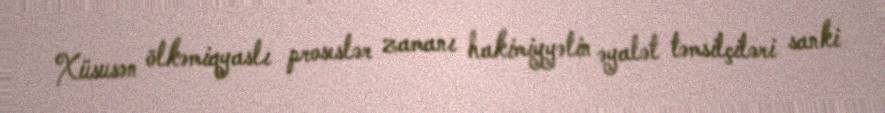
Xüsusən ölkəmiqyaslı proseslər zamanı hakimiyyətin əyalət təmsilçiləri sanki